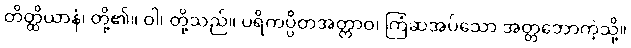
တိတ္ထိယာနံ၊ တို့၏။ ဝါ၊ တို့သည်။ ပရိကပ္ပိတအတ္တာဝ၊ ကြံဆအပ်သော အတ္တဘောကဲ့သို့။